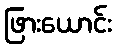
ဖြားယောင်း